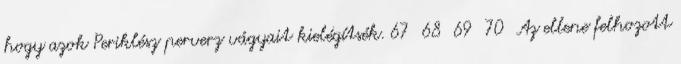
hogy azok Periklész perverz vágyait kielégítsék. 67 68 69 70 Az ellene felhozott